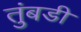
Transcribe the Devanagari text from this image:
तुंबडी